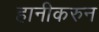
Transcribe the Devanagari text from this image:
हानीकरुन